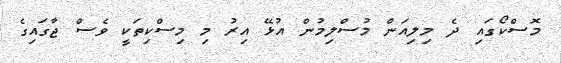
މޮސްކޯގައި ދެ މިލިއަން މުސްލިމުން އުޅޭ އިރު މި މިސްކިތަކީ ވެސް ޖާގައިގެ